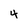
Character: 4